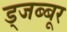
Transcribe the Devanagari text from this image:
ड्जब्बूर